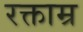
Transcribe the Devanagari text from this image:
रक्ताम्र